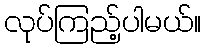
လုပ်ကြည့်ပါမယ်။